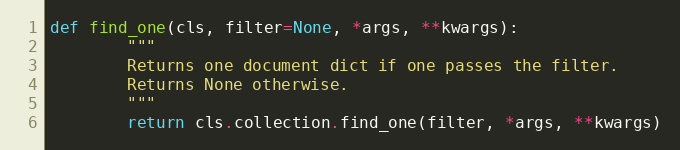
Language: Python
def find_one(cls, filter=None, *args, **kwargs):
        """
        Returns one document dict if one passes the filter.
        Returns None otherwise.
        """
        return cls.collection.find_one(filter, *args, **kwargs)